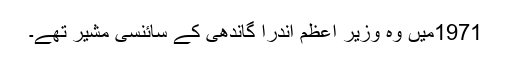
1971میں وہ وزیر اعظم اندرا گاندھی کے سائنسی مشیر تھے۔